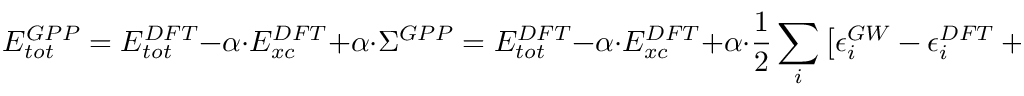
E _ { t o t } ^ { G P P } = E _ { t o t } ^ { D F T } - \alpha \cdot E _ { x c } ^ { D F T } + \alpha \cdot \Sigma ^ { G P P } = E _ { t o t } ^ { D F T } - \alpha \cdot E _ { x c } ^ { D F T } + \alpha \cdot \frac 1 2 \sum _ { i } \left[ \epsilon _ { i } ^ { G W } - \epsilon _ { i } ^ { D F T } + V _ { i } ^ { x c } \right]